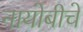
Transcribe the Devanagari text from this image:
नायोबीचे